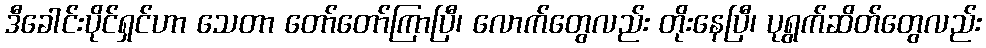
ဒီခေါင်းပိုင်ရှင်ဟာ သေတာ တော်တော်ကြာပြီ၊ လောက်တွေလည်း တိုးနေပြီ၊ ပုရွက်ဆိတ်တွေလည်း